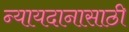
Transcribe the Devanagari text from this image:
न्यायदानासाठी